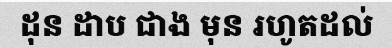
ដុន ដាប ជាង មុន រហូតដល់